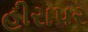
હીરાપર